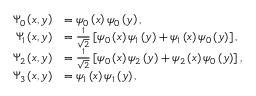
\begin{array} { r l } { \Psi _ { 0 } \left( x , y \right) } & { = \psi _ { 0 } \left( x \right) \psi _ { 0 } \left( y \right) , } \\ { \Psi _ { 1 } \left( x , y \right) } & { = \frac { 1 } { \sqrt { 2 } } \left[ \psi _ { 0 } \left( x \right) \psi _ { 1 } \left( y \right) + \psi _ { 1 } \left( x \right) \psi _ { 0 } \left( y \right) \right] , } \\ { \Psi _ { 2 } \left( x , y \right) } & { = \frac { 1 } { \sqrt { 2 } } \left[ \psi _ { 0 } \left( x \right) \psi _ { 2 } \left( y \right) + \psi _ { 2 } \left( x \right) \psi _ { 0 } \left( y \right) \right] , } \\ { \Psi _ { 3 } \left( x , y \right) } & { = \psi _ { 1 } \left( x \right) \psi _ { 1 } \left( y \right) , } \end{array}